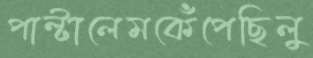
পাল্‌টালেমকেঁপেছিলু